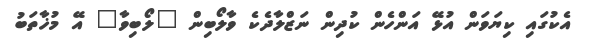
އެކުގައި ކިޔަވަން އުޅޭ އަންހެން ކުދިން ނަޒްލާދެކެ ވާލޯބިން "ލޯބިވާ" އޭ މުޚާތަބު